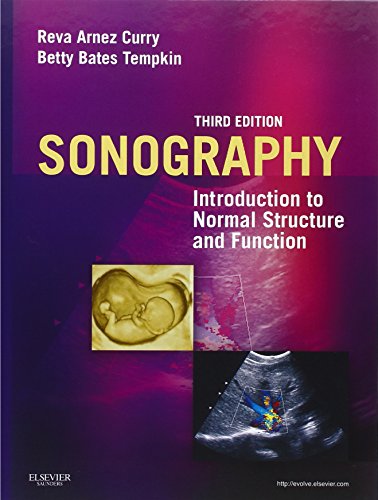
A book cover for Sonography: Introduction to Normal Structure and Function, 3e; Reva Arnez Curry Reva Curry  PhD  RDMS  RTR  FSDMS; Medical Books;